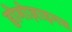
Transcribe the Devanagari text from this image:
होमोज़ाइगस